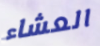
العشاء